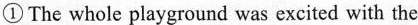
①The whole playground was excited with the